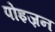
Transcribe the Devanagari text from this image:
पोइज़न